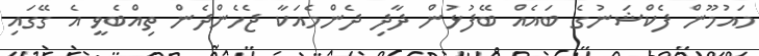
މައުމޫން ފެކްޝަނުގެ ބައެއް ބޭފުޅުން ދާދި ދެންމެއަކާ ޖެހެންދެން ތިއްބެވީ އެ ގޭގައި